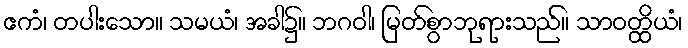
ဧကံ၊ တပါးသော။ သမယံ၊ အခါ၌။ ဘဂဝါ၊ မြတ်စွာဘုရားသည်။ သာဝတ္ထိယံ၊